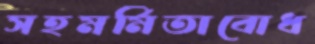
সহমর্মিতাবোধ